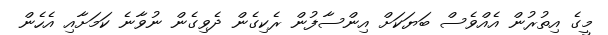
މީގެ އިތުރުން އެއްވެސް ބަޔަކަށް އިންސާފުން ރެކިގެން ދެވިގެން ނުވާނެ ކަމަށާއި އެހެން